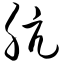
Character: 肮